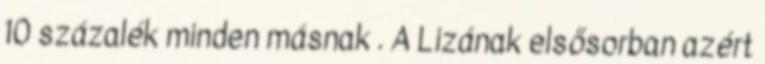
10 százalék minden másnak . A Lizának elsősorban azért